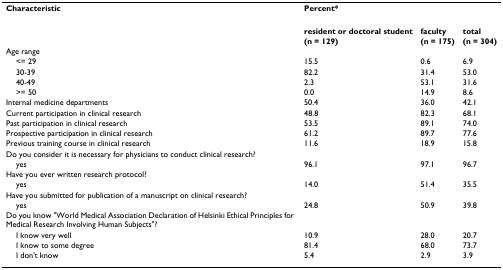
<table><thead><tr><td><b>Characteristic</b></td><td colspan="3"><b>Percent*</b></td></tr></thead><tbody><tr><td></td><td><b>resident or doctoral student</b></td><td><b>faculty</b></td><td><b>total</b></td></tr><tr><td></td><td><b>(n = 129)</b></td><td><b>(n = 175)</b></td><td><b>(n = 304)</b></td></tr><tr><td>Age range</td><td></td><td></td><td></td></tr><tr><td> &lt;= 29</td><td>15.5</td><td>0.6</td><td>6.9</td></tr><tr><td> 30-39</td><td>82.2</td><td>31.4</td><td>53.0</td></tr><tr><td> 40-49</td><td>2.3</td><td>53.1</td><td>31.6</td></tr><tr><td> &gt;= 50</td><td>0.0</td><td>14.9</td><td>8.6</td></tr><tr><td>Internal medicine departments</td><td>50.4</td><td>36.0</td><td>42.1</td></tr><tr><td>Current participation in clinical research</td><td>48.8</td><td>82.3</td><td>68.1</td></tr><tr><td>Past participation in clinical research</td><td>53.5</td><td>89.1</td><td>74.0</td></tr><tr><td>Prospective participation in clinical research</td><td>61.2</td><td>89.7</td><td>77.6</td></tr><tr><td>Previous training course in clinical research</td><td>11.6</td><td>18.9</td><td>15.8</td></tr><tr><td>Do you consider it is necessary for physicians to conduct clinical research?</td><td></td><td></td><td></td></tr><tr><td> yes</td><td>96.1</td><td>97.1</td><td>96.7</td></tr><tr><td>Have you ever written research protocol?</td><td></td><td></td><td></td></tr><tr><td> yes</td><td>14.0</td><td>51.4</td><td>35.5</td></tr><tr><td>Have you submitted for publication of a manuscript on clinical research?</td><td></td><td></td><td></td></tr><tr><td> yes</td><td>24.8</td><td>50.9</td><td>39.8</td></tr><tr><td>Do you know &quot;World Medical Association Declaration of Helsinki Ethical Principles for Medical Research Involving Human Subjects&quot;?</td><td></td><td></td><td></td></tr><tr><td> I know very well</td><td>10.9</td><td>28.0</td><td>20.7</td></tr><tr><td> I know to some degree</td><td>81.4</td><td>68.0</td><td>73.7</td></tr><tr><td> I don&#x27;t know</td><td>5.4</td><td>2.9</td><td>3.9</td></tr></tbody></table>